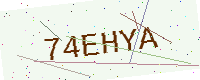
Text: 74EHYA